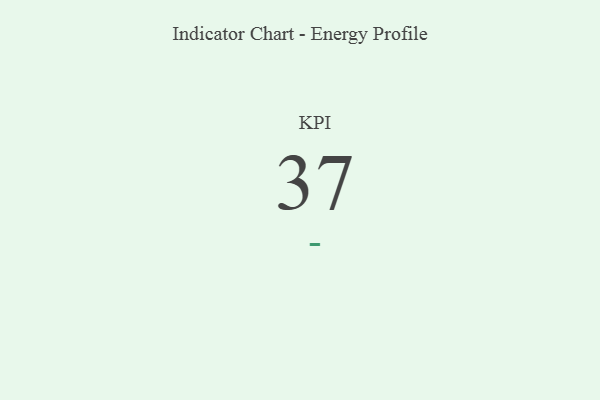
{"axis": {"x": "KPI", "y": "Value"}, "legend": [""], "data": [{"x": "KPI", "y": 37, "type": ""}]}